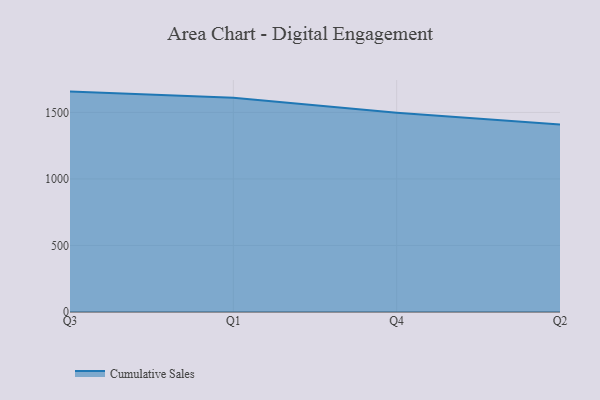
{"axis": {"x": "Quarter", "y": "Operating Costs (USD K)"}, "legend": ["Cumulative Sales"], "data": [{"x": "Q3", "y": 1656.5, "type": "Cumulative Sales"}, {"x": "Q1", "y": 1610.4, "type": "Cumulative Sales"}, {"x": "Q4", "y": 1497.3, "type": "Cumulative Sales"}, {"x": "Q2", "y": 1408.7, "type": "Cumulative Sales"}]}